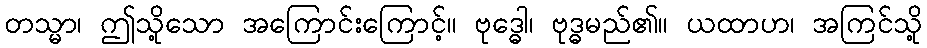
တသ္မာ၊ ဤသို့သော အကြောင်းကြောင့်။ ဗုဒ္ဓေါ၊ ဗုဒ္ဓမည်၏။ ယထာဟ၊ အကြင်သို့